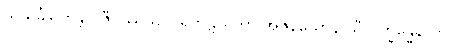
သသင်္ခါရိကန္တိပိ ဇီဝိဿသိ ပါရိဘဋယတာ အဇိနယောနိ သီလက္ခန္ဓေနာတိ